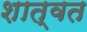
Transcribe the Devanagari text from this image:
शात्वत